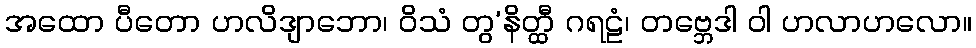
အထော ပီတော ဟလိဒျာဘော၊ ဝိသံ တွ’နိတ္ထီ ဂရဠံ၊ တဗ္ဘေဒါ ဝါ ဟလာဟလော။